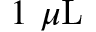
1 ~ \mu \mathrm { L }